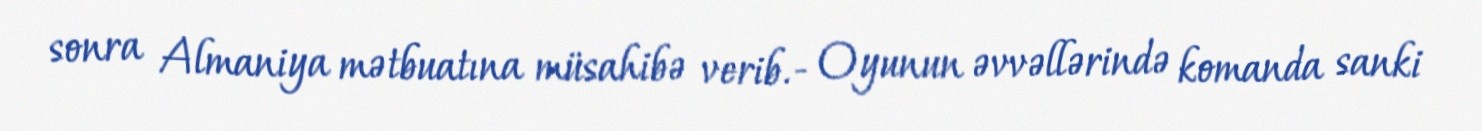
sonra Almaniya mətbuatına müsahibə verib.- Oyunun əvvəllərində komanda sanki